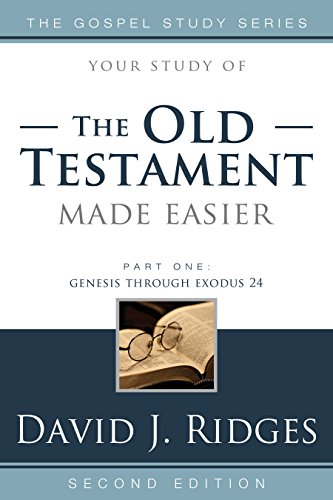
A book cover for The Old Testament Made Easier, Second Edition (Part 1) (Gospel Study); David J. Ridges; Christian Books & Bibles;